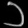
Digit: ၁